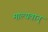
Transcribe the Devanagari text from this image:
माल्यवान्